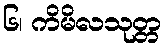
၆၊ ကိမိလသုတ္တ